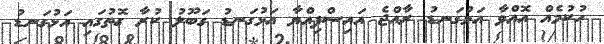
ހުކުމެއް އޮއްވާ އަޅުގަނޑު ރާއްޖެ އައިސްފިއްޔާ އަޅުގަނޑު ގަބޫލު ކުރާ ގޮތުގައި އަޅުގަނޑު